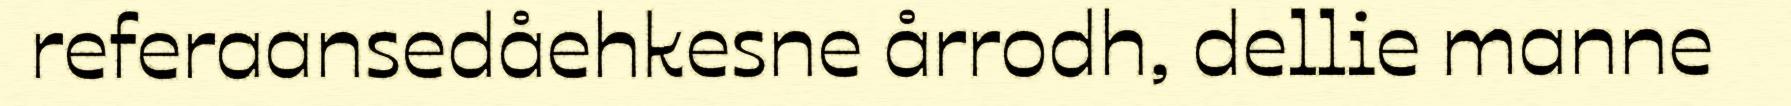
referaansedåehkesne årrodh, dellie manne